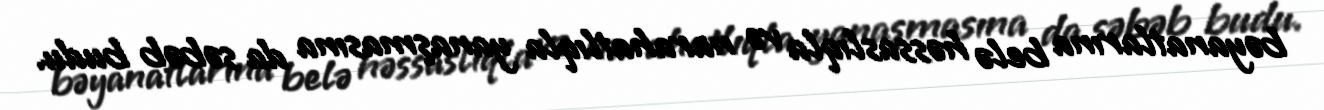
bəyanatlarına belə həssaslıqla və narahatlıqla yanaşmasına da səbəb budu.